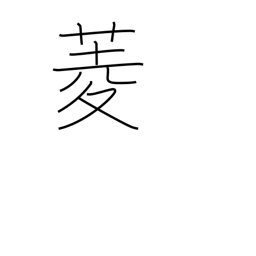
Meaning: diamond (shape)